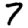
Digit: 7